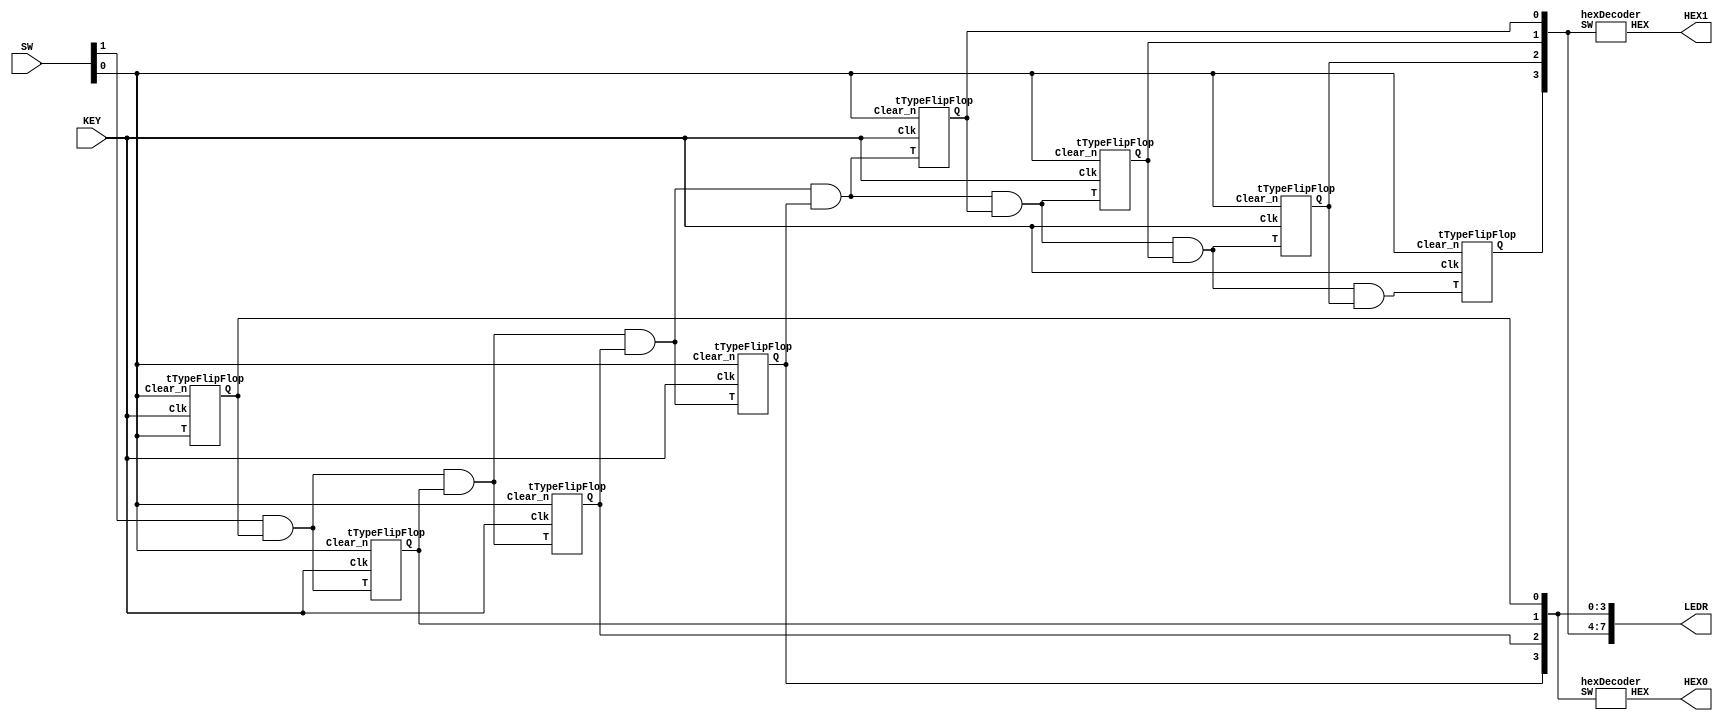
module eightBitCounter(KEY, SW, HEX0, HEX1, LEDR);
	input [0:0] KEY;   //Clock.
	input [1:0] SW;    //SW[0] for Clear_b, SW[1] for Enable.
	output [6:0] HEX0; 
	output [6:0] HEX1; 
	output [7:0] LEDR;
	wire [6:0] T;
	
	assign T[0] = SW[1] & LEDR[0];
	assign T[1] = T[0] & LEDR[1];
	assign T[2] = T[1] & LEDR[2];
	assign T[3] = T[2] & LEDR[3];
	assign T[4] = T[3] & LEDR[4];
	assign T[5] = T[4] & LEDR[5];
	assign T[6] = T[5] & LEDR[6];
	
	tTypeFlipFlop TFF0(.Clk(KEY[0]), .T(SW[0]), .Q(LEDR[0]), .Clear_n(SW[0]));
	tTypeFlipFlop TFF1(.Clk(KEY[0]), .T(T[0]), .Q(LEDR[1]), .Clear_n(SW[0]));
	tTypeFlipFlop TFF2(.Clk(KEY[0]), .T(T[1]), .Q(LEDR[2]), .Clear_n(SW[0]));
	tTypeFlipFlop TFF3(.Clk(KEY[0]), .T(T[2]), .Q(LEDR[3]), .Clear_n(SW[0]));
	tTypeFlipFlop TFF4(.Clk(KEY[0]), .T(T[3]), .Q(LEDR[4]), .Clear_n(SW[0]));
	tTypeFlipFlop TFF5(.Clk(KEY[0]), .T(T[4]), .Q(LEDR[5]), .Clear_n(SW[0]));
	tTypeFlipFlop TFF6(.Clk(KEY[0]), .T(T[5]), .Q(LEDR[6]), .Clear_n(SW[0]));
	tTypeFlipFlop TFF7(.Clk(KEY[0]), .T(T[6]), .Q(LEDR[7]), .Clear_n(SW[0]));

	hexDecoder hex0(.SW(LEDR[3:0]), .HEX(HEX0[6:0]));
	hexDecoder hex1(.SW(LEDR[7:4]), .HEX(HEX1[6:0]));
endmodule

module tTypeFlipFlop(Clk, T, Clear_n, Q);
	input Clk;
	input T;
	input Clear_n;
	output reg Q;

	always @(posedge Clk, negedge Clear_n)
 	begin
		if (Clear_n == 1'b0)
			Q <= 1'b0;
		else if  (T == 1'b1)
			Q <= !Q;
	end
endmodule

module hexDecoder (SW, HEX);
	input [3:0] SW;
	reg [6:0] result;
	output [6:0] HEX;
	always @(*)
	begin
		case (SW[3:0])
			4'b0000: result[6:0] = 7'b1000000;
			4'b0001: result[6:0] = 7'b1111001;
			4'b0010: result[6:0] = 7'b0100100;
			4'b0011: result[6:0] = 7'b0110000;
			4'b0100: result[6:0] = 7'b0011001;
			4'b0101: result[6:0] = 7'b0010010;
			4'b0110: result[6:0] = 7'b0000010;
			4'b0111: result[6:0] = 7'b1111000;
			4'b1000: result[6:0] = 7'b0000000;
			4'b1001: result[6:0] = 7'b0010000;
			4'b1010: result[6:0] = 7'b0001000;
			4'b1011: result[6:0] = 7'b0000011;
			4'b1100: result[6:0] = 7'b1000110;
			4'b1101: result[6:0] = 7'b0100001;
			4'b1110: result[6:0] = 7'b0000110;
			4'b1111: result[6:0] = 7'b0001110;
			default: result[6:0] = 7'b1000000;
		endcase
	end
	assign HEX[6:0] = result[6:0];
endmodule